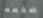
ضخمه